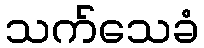
သက်သေခံ